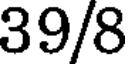
39/8